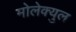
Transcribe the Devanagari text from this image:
मोलेक्युल